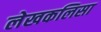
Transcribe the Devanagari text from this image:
लेखकलिसा